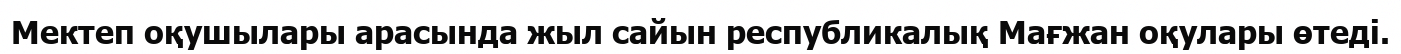
Мектеп оқушылары арасында жыл сайын республикалық Мағжан оқулары өтеді.